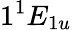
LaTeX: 1^{1}E_{1u}